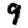
Digit: 9